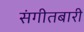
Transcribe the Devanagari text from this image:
संगीतबारी